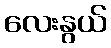
လေးနွယ်